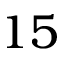
1 5